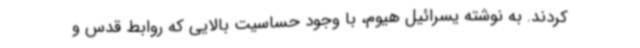
کردند. به نوشته یسرائیل هیوم، با وجود حساسیت بالایی که روابط قدس و